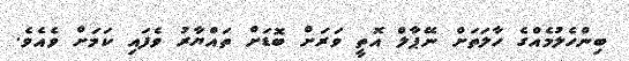
ބިންހެލުމެއްގެ ހާލަތަށް ނޭޕާލް އޮތީ ވަރަށް ބޮޑަށް ތައްޔާރު ވެފައި ކަމަށް ވެއެވެ.